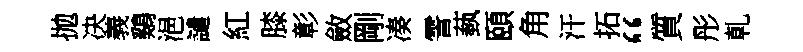
拋决義鷄浥譴紅膝彰斂剛凑霅蓺頤角汗拓“質彤乹